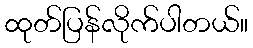
ထုတ်ပြန်လိုက်ပါတယ်။